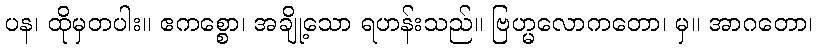
ပန၊ ထိုမှတပါး။ ဧကစ္စော၊ အချို့သော ရဟန်းသည်။ ဗြဟ္မလောကတော၊ မှ။ အာဂတော၊